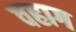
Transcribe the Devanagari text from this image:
वहाग